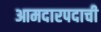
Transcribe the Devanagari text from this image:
आमदारपदाची